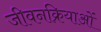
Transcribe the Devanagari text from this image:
जीवनक्रियाओं